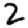
Digit: 2